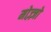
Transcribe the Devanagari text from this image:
मोज़्ज़ो